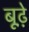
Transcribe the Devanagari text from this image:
बूढ़े़